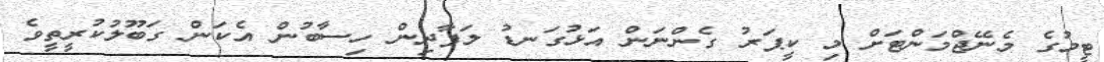
ޓީމުގެ މެނޭޖްމަންޓަށް މި ކީޕަރު ގެންނަން އަޅުގަނޑު ލަފާދިން ހިސާބުން އެކަން ގަބޫލުކުރީތީވެ